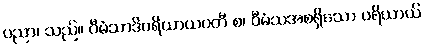
ပညာ၊ သည်။ ဝီမံသာဒိပရိယာယဝတီ စ၊ ဝီမံသအစရှိသော ပရိယာယ်